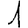
Digit: 1